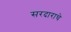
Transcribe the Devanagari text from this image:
सरदाराचे